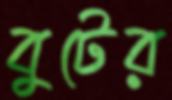
বুটের